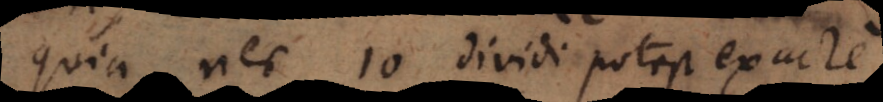
quia nec 10 dividi potest exacte